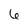
Character: 6